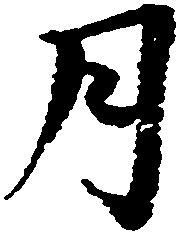
月